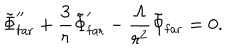
\tilde { \Phi } _ { \mathrm { f a r } } ^ { \prime \prime } + { \frac { 3 } { r } } \tilde { \Phi } _ { \mathrm { f a r } } ^ { \prime } - { \frac { \Lambda } { r ^ { 2 } } } \tilde { \Phi } _ { \mathrm { f a r } } = 0 .